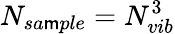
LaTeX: N_{sa\mathsf{m}ple}=N_{vib}^{3}